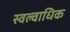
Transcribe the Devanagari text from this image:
स्वल्वाधिक